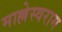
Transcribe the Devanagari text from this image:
माल्लेस्वराम